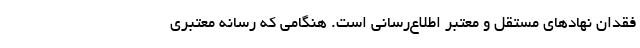
فقدان نهادهای مستقل و معتبر اطلاع‌رسانی است. هنگامی که رسانه معتبری